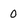
Character: 0